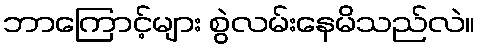
ဘာကြောင့်များ စွဲလမ်းနေမိသည်လဲ။